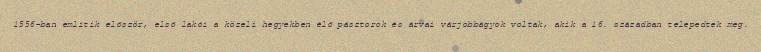
1556-ban említik először, első lakói a közeli hegyekben élő pásztorok és árvai várjobbágyok voltak, akik a 16. században telepedtek meg.